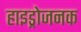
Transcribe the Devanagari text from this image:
हाइड्रोजनक